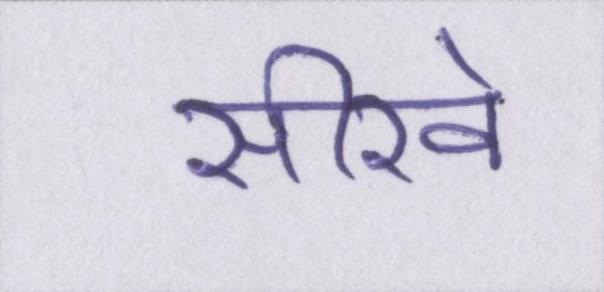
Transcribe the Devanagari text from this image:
सीखे